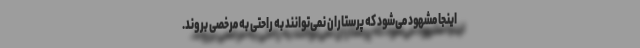
اینجا مشهود می‌شود که پرستاران نمی‌توانند به راحتی به مرخصی بروند.